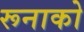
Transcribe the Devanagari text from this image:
रूनाको